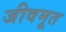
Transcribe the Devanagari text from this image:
जीवमूत